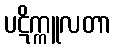
ပဋိက္ကူလတာ